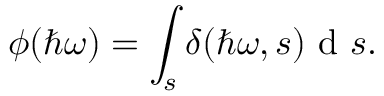
\phi ( \hbar \omega ) = \int _ { s } \delta ( \hbar \omega , s ) \textrm { d } s .